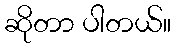
ဆိုတာ ပါတယ်။